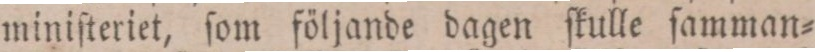
miniſteriet, ſom följande dagen ſkulle ſamman=